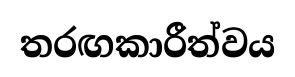
තරඟකාරීත්වය